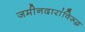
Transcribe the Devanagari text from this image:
जमीनदारांविरूद्घ